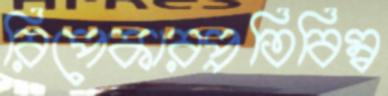
রিপেকারপ্রতিবিম্ব